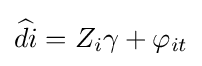
{\widehat {di}}=Z_{i}\gamma +\varphi _{it}